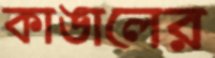
কাঙালের